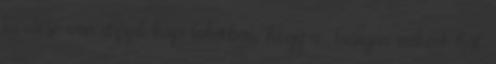
kérdése van azzal kapcsolatban, hogy a Tasigna miként hat